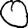
Digit: 0